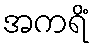
အကရိံ